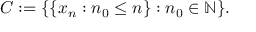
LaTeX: C : = \{ \{ x _ { n } : n _ { 0 } \leq n \} : n _ { 0 } \in \mathbb { N } \} .